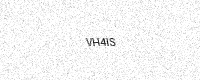
Text: VH4IS